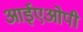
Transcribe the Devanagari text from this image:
आईएओपी